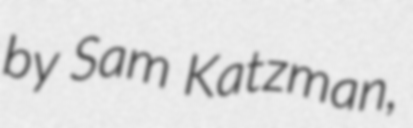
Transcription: by Sam Katzman,